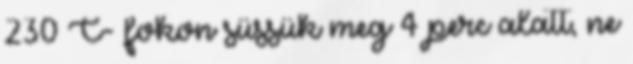
230 C- fokon süssük meg 4 perc alatt, ne